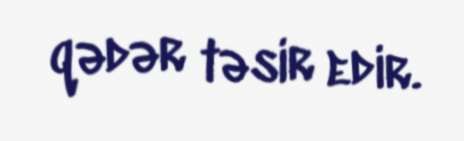
qədər təsir edir.